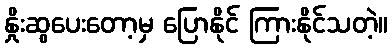
နှိုးဆွပေးတော့မှ ပြောနိုင် ကြားနိုင်သတဲ့။